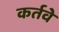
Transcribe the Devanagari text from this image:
कर्तवे